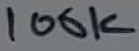
Text: 100K